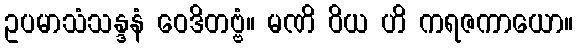
ဥပမာသံသန္ဒနံ ဝေဒိတဗ္ဗံ။ မဏိ ဝိယ ဟိ ကရဇကာယော။